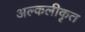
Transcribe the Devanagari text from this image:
अल्कलीकृत